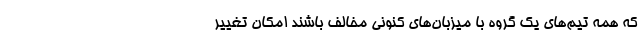
که همه تیم‌های یک گروه با میزبان‌های کنونی مخالف باشند امکان تغییر